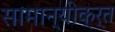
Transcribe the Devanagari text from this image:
सामान्यीक्र्त